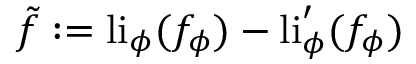
\tilde { f } : = \mathrm { l i } _ { \phi } ( f _ { \phi } ) - \mathrm { l i } _ { \phi } ^ { \prime } ( f _ { \phi } )